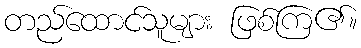
တည်ထောင်သူများ ဖြစ်ကြ၏။